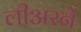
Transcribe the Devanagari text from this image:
लीअरने